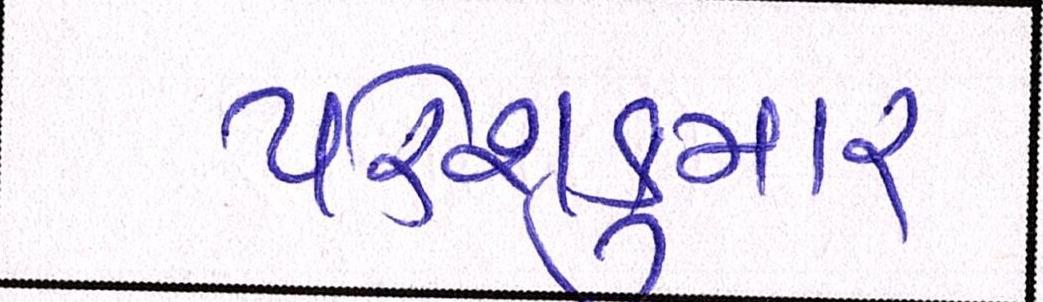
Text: પરેશકુમાર